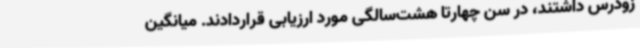
زودرس داشتند، در سن چهارتا هشت‌سالگی مورد ارزیابی قراردادند. میانگین